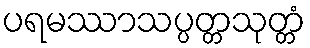
ပရမဿာသပ္ပတ္တသုတ္တံ